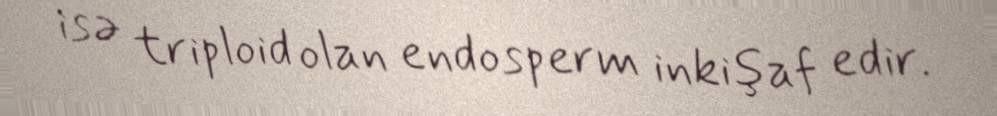
isə triploid olan endosperm inkişaf edir.